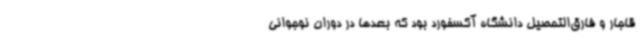
قاجار و فارق‌التحصیل دانشگاه آکسفورد بود که بعدها در دوران نوجوانی